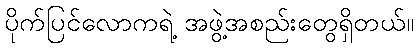
ပိုက်ပြင်လောကရဲ့ အဖွဲ့အစည်းတွေရှိတယ်။